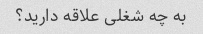
به چه شغلی علاقه دارید؟